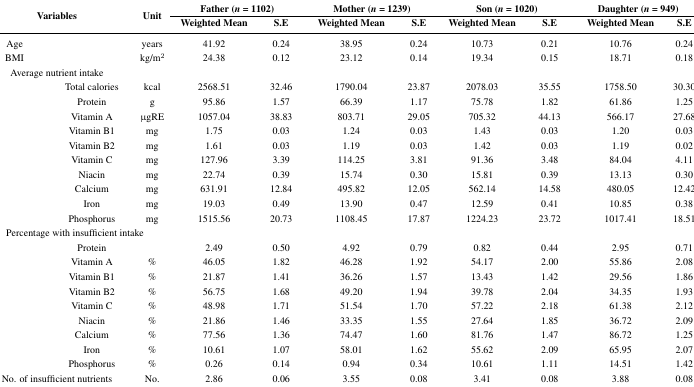
<table><thead><tr><td rowspan="2" colspan="2"><b>Variables</b></td><td rowspan="2"><b>Unit</b></td><td colspan="2"><b>Father (<i>n</i> = 1102)</b></td><td colspan="2"><b>Mother (<i>n</i> = 1239)</b></td><td colspan="2"><b>Son (<i>n</i> = 1020)</b></td><td colspan="2"><b>Daughter (<i>n</i> = 949)</b></td></tr><tr><td><b>Weighted Mean</b></td><td><b>S.E</b></td><td><b>Weighted Mean</b></td><td><b>S.E</b></td><td><b>Weighted Mean</b></td><td><b>S.E</b></td><td><b>Weighted Mean</b></td><td><b>S.E</b></td></tr></thead><tbody><tr><td>Age</td><td></td><td>years</td><td>41.92</td><td>0.24</td><td>38.95</td><td>0.24</td><td>10.73</td><td>0.21</td><td>10.76</td><td>0.24</td></tr><tr><td>BMI</td><td></td><td>kg/m<sup>2</sup></td><td>24.38</td><td>0.12</td><td>23.12</td><td>0.14</td><td>19.34</td><td>0.15</td><td>18.71</td><td>0.18</td></tr><tr><td colspan="2">Average nutrient intake</td><td></td><td></td><td></td><td></td><td></td><td></td><td></td><td></td><td></td></tr><tr><td></td><td>Total calories </td><td>kcal</td><td>2568.51</td><td>32.46</td><td>1790.04</td><td>23.87</td><td>2078.03</td><td>35.55</td><td>1758.50</td><td>30.30</td></tr><tr><td></td><td>Protein</td><td>g</td><td>95.86</td><td>1.57</td><td>66.39</td><td>1.17</td><td>75.78</td><td>1.82</td><td>61.86</td><td>1.25</td></tr><tr><td></td><td>Vitamin A</td><td>μgRE</td><td>1057.04</td><td>38.83</td><td>803.71</td><td>29.05</td><td>705.32</td><td>44.13</td><td>566.17</td><td>27.68</td></tr><tr><td></td><td>Vitamin B1</td><td>mg</td><td>1.75</td><td>0.03</td><td>1.24</td><td>0.03</td><td>1.43</td><td>0.03</td><td>1.20</td><td>0.03</td></tr><tr><td></td><td>Vitamin B2</td><td>mg</td><td>1.61</td><td>0.03</td><td>1.19</td><td>0.03</td><td>1.42</td><td>0.03</td><td>1.19</td><td>0.02</td></tr><tr><td></td><td>Vitamin C</td><td>mg</td><td>127.96</td><td>3.39</td><td>114.25</td><td>3.81</td><td>91.36</td><td>3.48</td><td>84.04</td><td>4.11</td></tr><tr><td></td><td>Niacin</td><td>mg</td><td>22.74</td><td>0.39</td><td>15.74</td><td>0.30</td><td>15.81</td><td>0.39</td><td>13.13</td><td>0.30</td></tr><tr><td></td><td>Calcium</td><td>mg</td><td>631.91</td><td>12.84</td><td>495.82</td><td>12.05</td><td>562.14</td><td>14.58</td><td>480.05</td><td>12.42</td></tr><tr><td></td><td>Iron</td><td>mg</td><td>19.03</td><td>0.49</td><td>13.90</td><td>0.47</td><td>12.59</td><td>0.41</td><td>10.85</td><td>0.38</td></tr><tr><td></td><td>Phosphorus</td><td>mg</td><td>1515.56</td><td>20.73</td><td>1108.45</td><td>17.87</td><td>1224.23</td><td>23.72</td><td>1017.41</td><td>18.51</td></tr><tr><td colspan="3">Percentage with insufficient intake</td><td></td><td></td><td></td><td></td><td></td><td></td><td></td><td></td></tr><tr><td></td><td>Protein</td><td></td><td>2.49 </td><td>0.50</td><td>4.92</td><td>0.79</td><td>0.82</td><td>0.44</td><td>2.95</td><td>0.71</td></tr><tr><td></td><td>Vitamin A</td><td>%</td><td>46.05 </td><td>1.82</td><td>46.28</td><td>1.92</td><td>54.17</td><td>2.00</td><td>55.86</td><td>2.08</td></tr><tr><td></td><td>Vitamin B1</td><td>%</td><td>21.87 </td><td>1.41</td><td>36.26</td><td>1.57</td><td>13.43</td><td>1.42</td><td>29.56</td><td>1.86</td></tr><tr><td></td><td>Vitamin B2</td><td>%</td><td>56.75 </td><td>1.68</td><td>49.20</td><td>1.94</td><td>39.78</td><td>2.04</td><td>34.35</td><td>1.93</td></tr><tr><td></td><td>Vitamin C</td><td>%</td><td>48.98 </td><td>1.71</td><td>51.54</td><td>1.70</td><td>57.22</td><td>2.18</td><td>61.38</td><td>2.12</td></tr><tr><td></td><td>Niacin</td><td>%</td><td>21.86 </td><td>1.46</td><td>33.35</td><td>1.55</td><td>27.64</td><td>1.85</td><td>36.72</td><td>2.09</td></tr><tr><td></td><td>Calcium</td><td>%</td><td>77.56</td><td>1.36</td><td>74.47</td><td>1.60</td><td>81.76</td><td>1.47</td><td>86.72</td><td>1.25</td></tr><tr><td></td><td>Iron</td><td>%</td><td>10.61</td><td>1.07</td><td>58.01</td><td>1.62</td><td>55.62</td><td>2.09</td><td>65.95</td><td>2.07</td></tr><tr><td></td><td>Phosphorus</td><td>%</td><td>0.26</td><td>0.14</td><td>0.94</td><td>0.34</td><td>10.61</td><td>1.11</td><td>14.51</td><td>1.42</td></tr><tr><td colspan="2">No. of insufficient nutrients</td><td>No.</td><td>2.86</td><td>0.06</td><td>3.55</td><td>0.08</td><td>3.41</td><td>0.08</td><td>3.88</td><td>0.08</td></tr></tbody></table>